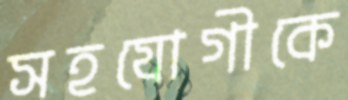
সহযোগীকে